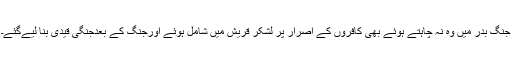
جنگ بدر میں وہ نہ چاہتے ہوئے بھی کافروں کے اصرار پر لشکر قریش میں شامل ہوئے اورجنگ کے بعدجنگی قیدی بنا لیےگئے۔